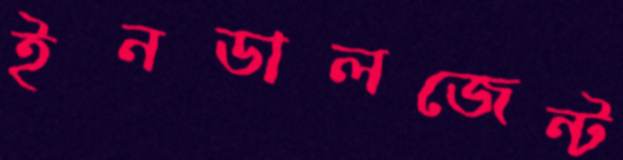
ইনডালজেন্ট